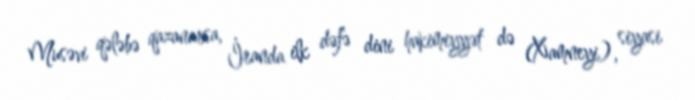
Musəvi qələbə qazanarsa, İranda ilk dəfə dini hakimiyyət də (Xamneyi), siyasi